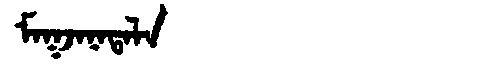
Manchu: ᠮᠠᡴᠵᠠᠨᠠᡨᠠᠯᠠ
Romanization: MAKJANATALA